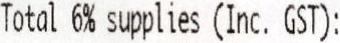
TOTAL 6% SUPPLIES (INC. GST):